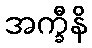
အက္ခီနိ